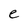
Character: e